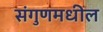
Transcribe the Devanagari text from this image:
संगुणमधील